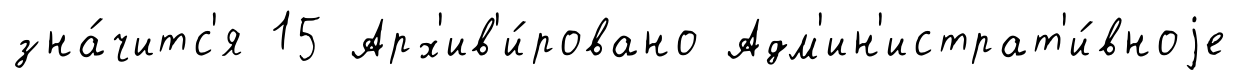
зна́читс'я 15 Арх'ив'и́ровано Адм'ин'истрат'и́вноjе